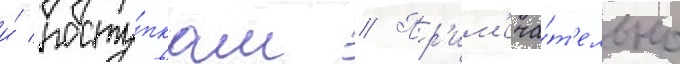
и́ посту́пкам // Пр'им'еча́т'ельно